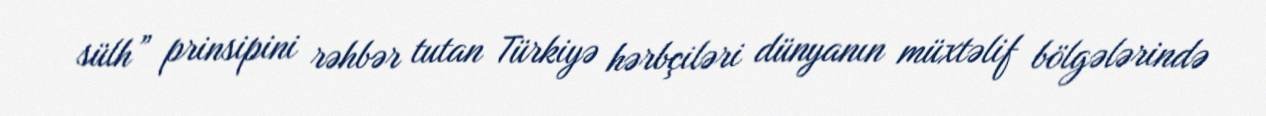
sülh” prinsipini rəhbər tutan Türkiyə hərbçiləri dünyanın müxtəlif bölgələrində